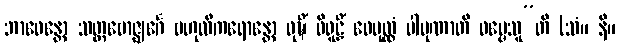
ဘာဝေန္တော သတ္တဗောဇ္ဈင်္ဂေ ဗဟုလီကရောန္တော ဝုဍ္ဎိံ ဝိရူဠှိံ ဝေပုလ္လံ ပါပုဏာတိ ဓမ္မေသူ”တိ (သံ။ နိ။